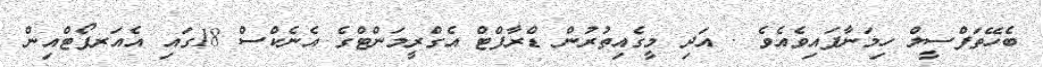
ބެހޭތަފްސީލް ހިމަނާފައިވެއެވެ . އަދި މީގެއިތުރުން ޑްރާފްޓް އެގްރީމަންޓްގެ އެނެކްސް 18ގައި އެއަރޕޯޓްއިން